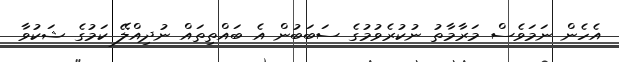
އެހެން ނަމަވެސް މަރާމާތު ނުކުރެވުމުގެ ސަބަބުން އެ ބައްތިތައް ނުދިއްލޭ ކަމުގެ ޝަކުވާ